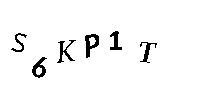
S6KP1T